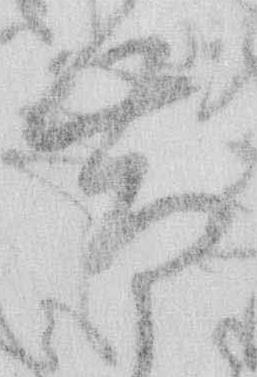
帯